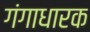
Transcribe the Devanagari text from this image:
गंगाधारक